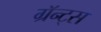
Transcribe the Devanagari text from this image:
ग्रॅन्ट्स